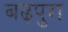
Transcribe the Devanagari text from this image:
बढ़पुरा